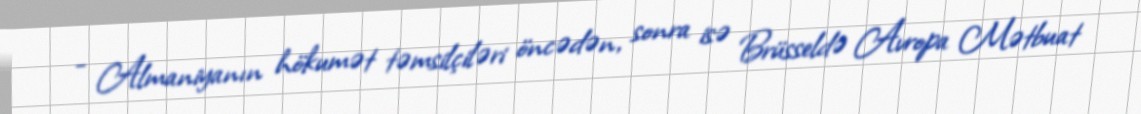
- Almaniyanın hökumət təmsilçiləri öncədən, sonra isə Brüsseldə Avropa Mətbuat